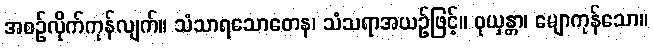
အစဉ်လိုက်ကုန်လျက်။ သံသာရသောတေန၊ သံသရာအယဉ်ဖြင့်။ ဝုယှန္တာ၊ မျောကုန်သော။